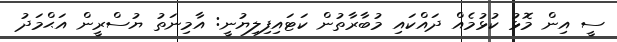
ސީ އިން މޮޅު ކުޅުމެއް ދައްކައި މުބާރާތުން ކަޓައިފިލިޔުނީ: އާމިނަތު ޔުސްރީން އަޙްމަދު